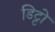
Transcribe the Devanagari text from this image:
डिट्टो